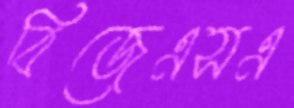
বিজেএসএ